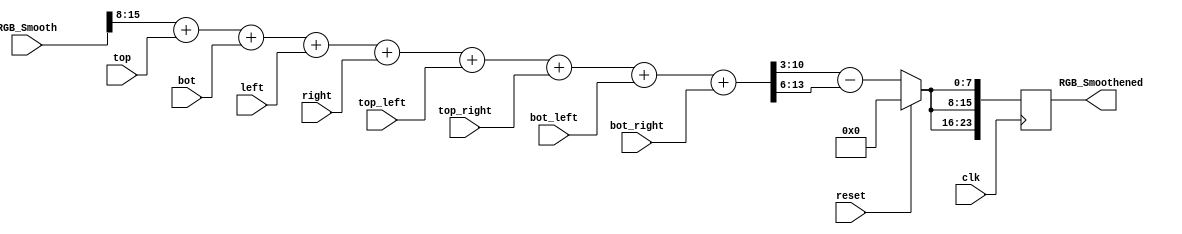
`timescale 1ns / 1ps
//////////////////////////////////////////////////////////////////////////////////
// 
// Design Name: Smoothen Image
// Module Name: smooth
// Project Name: Final Project
// Revision:
// Revision 0.01 - File Created
// 
//////////////////////////////////////////////////////////////////////////////////


module smooth(
    input clk,
    input reset,
    input [23:0] RGB_Smooth,// 0 - 7 Blue, 8 - 15, Green, 16 - 23 Red
    input [7:0] top,
    input [7:0] bot,
    input [7:0] left,
    input [7:0] right,
    input [7:0] top_left,
    input [7:0] top_right,
    input [7:0] bot_left,
    input [7:0] bot_right,
    output reg [23:0] RGB_Smoothened
    );
    
    
    integer transform;
    
    // Set initial values and open file.
    initial begin
        // Set initial values and open file
        RGB_Smoothened   = 0;
    end
    
    // Option 1) Reset all values
    // Option 2) Save all values to output file
    // Option 3) Store inverted values in out_BMP
    always @(posedge clk)begin
        // To reset all values.
        if(reset)begin
            RGB_Smoothened   = 0;
            end
        else begin
            // Operation
            transform =  RGB_Smooth[15:8] +
                         top +
                         bot +
                         left +
                         right +
                         top_left +
                         top_right +
                         bot_left +
                         bot_right;
                         
            // To approximate dividing by 9 we use transform >> 5 + transform >> 5 + transform >> 5 + transform >> 6 which
            // equals .109375 times its original value
            RGB_Smoothened[7:0]=(transform >> 3) - (transform >> 6); // blue
            RGB_Smoothened[15:8]=(transform >> 3) - (transform >> 6); // green
            RGB_Smoothened[23:16]=(transform >> 3) - (transform >> 6); // red
            end
       end
    
endmodule